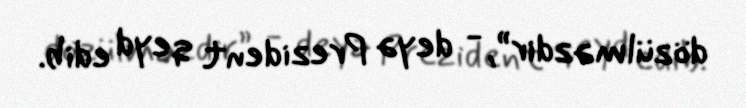
dözülməzdir”, - deyə Prezident qeyd edib.